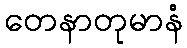
တေနာတုမာနံ